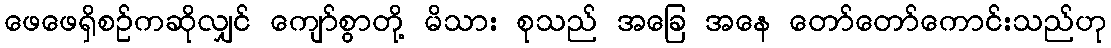
ဖေဖေရှိစဉ်ကဆိုလျှင် ကျော်စွာတို့ မိသား စုသည် အခြေ အနေ တော်တော်ကောင်းသည်ဟု